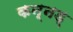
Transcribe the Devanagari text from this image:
कन्नड्